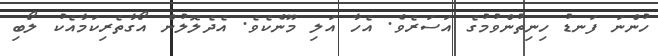
ހުންނަ ފަނޑު ހިނިތުންވުމުގެ އަސަރެވެ. އެހާ އަލި މޫނެކެވެ. އެދެލޮލުން އޯގާތެރިކަމާއެކު ލޯބި